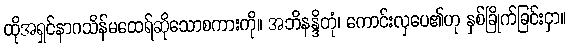
ထိုအရှင်နာဂသိန်မထေရ်ဆိုသောစကားကို။ အဘိနန္ဒိတုံ၊ ကောင်းလှပေ၏ဟု နှစ်ခြိုက်ခြင်းငှာ။